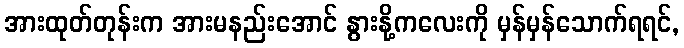
အားထုတ်တုန်းက အားမနည်းအောင် နွားနို့ကလေးကို မှန်မှန်သောက်ရရင်,